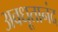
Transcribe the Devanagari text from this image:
अवधूतानंद